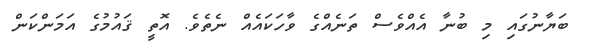
ބަޔާނުގައި މި ބުނާ އެއްވެސް ތަނެއްގެ ވާހަކައެއް ނެތެވެ. އޮތީ ޤައުމުގެ އަމަންކަން